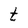
Character: t